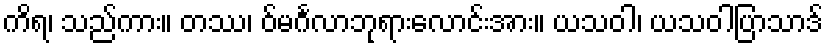
ကိရ၊ သည်ကား။ တဿ၊ ဝ်မင်္ဂလာဘုရားလောင်းအား။ ယသဝါ၊ ယသဝါပြာသာဒ်